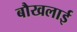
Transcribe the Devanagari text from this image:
बौखलाई